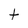
Character: t